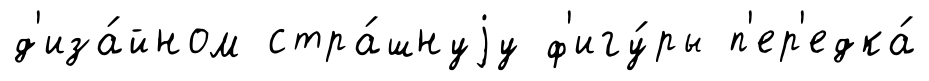
д'иза́йном стра́шнуjу ф'игу́ры п'ер'едка́